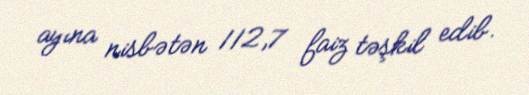
ayına nisbətən 112,7 faiz təşkil edib.